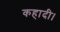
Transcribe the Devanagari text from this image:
कहादी।